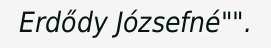
Erdődy Józsefné"".